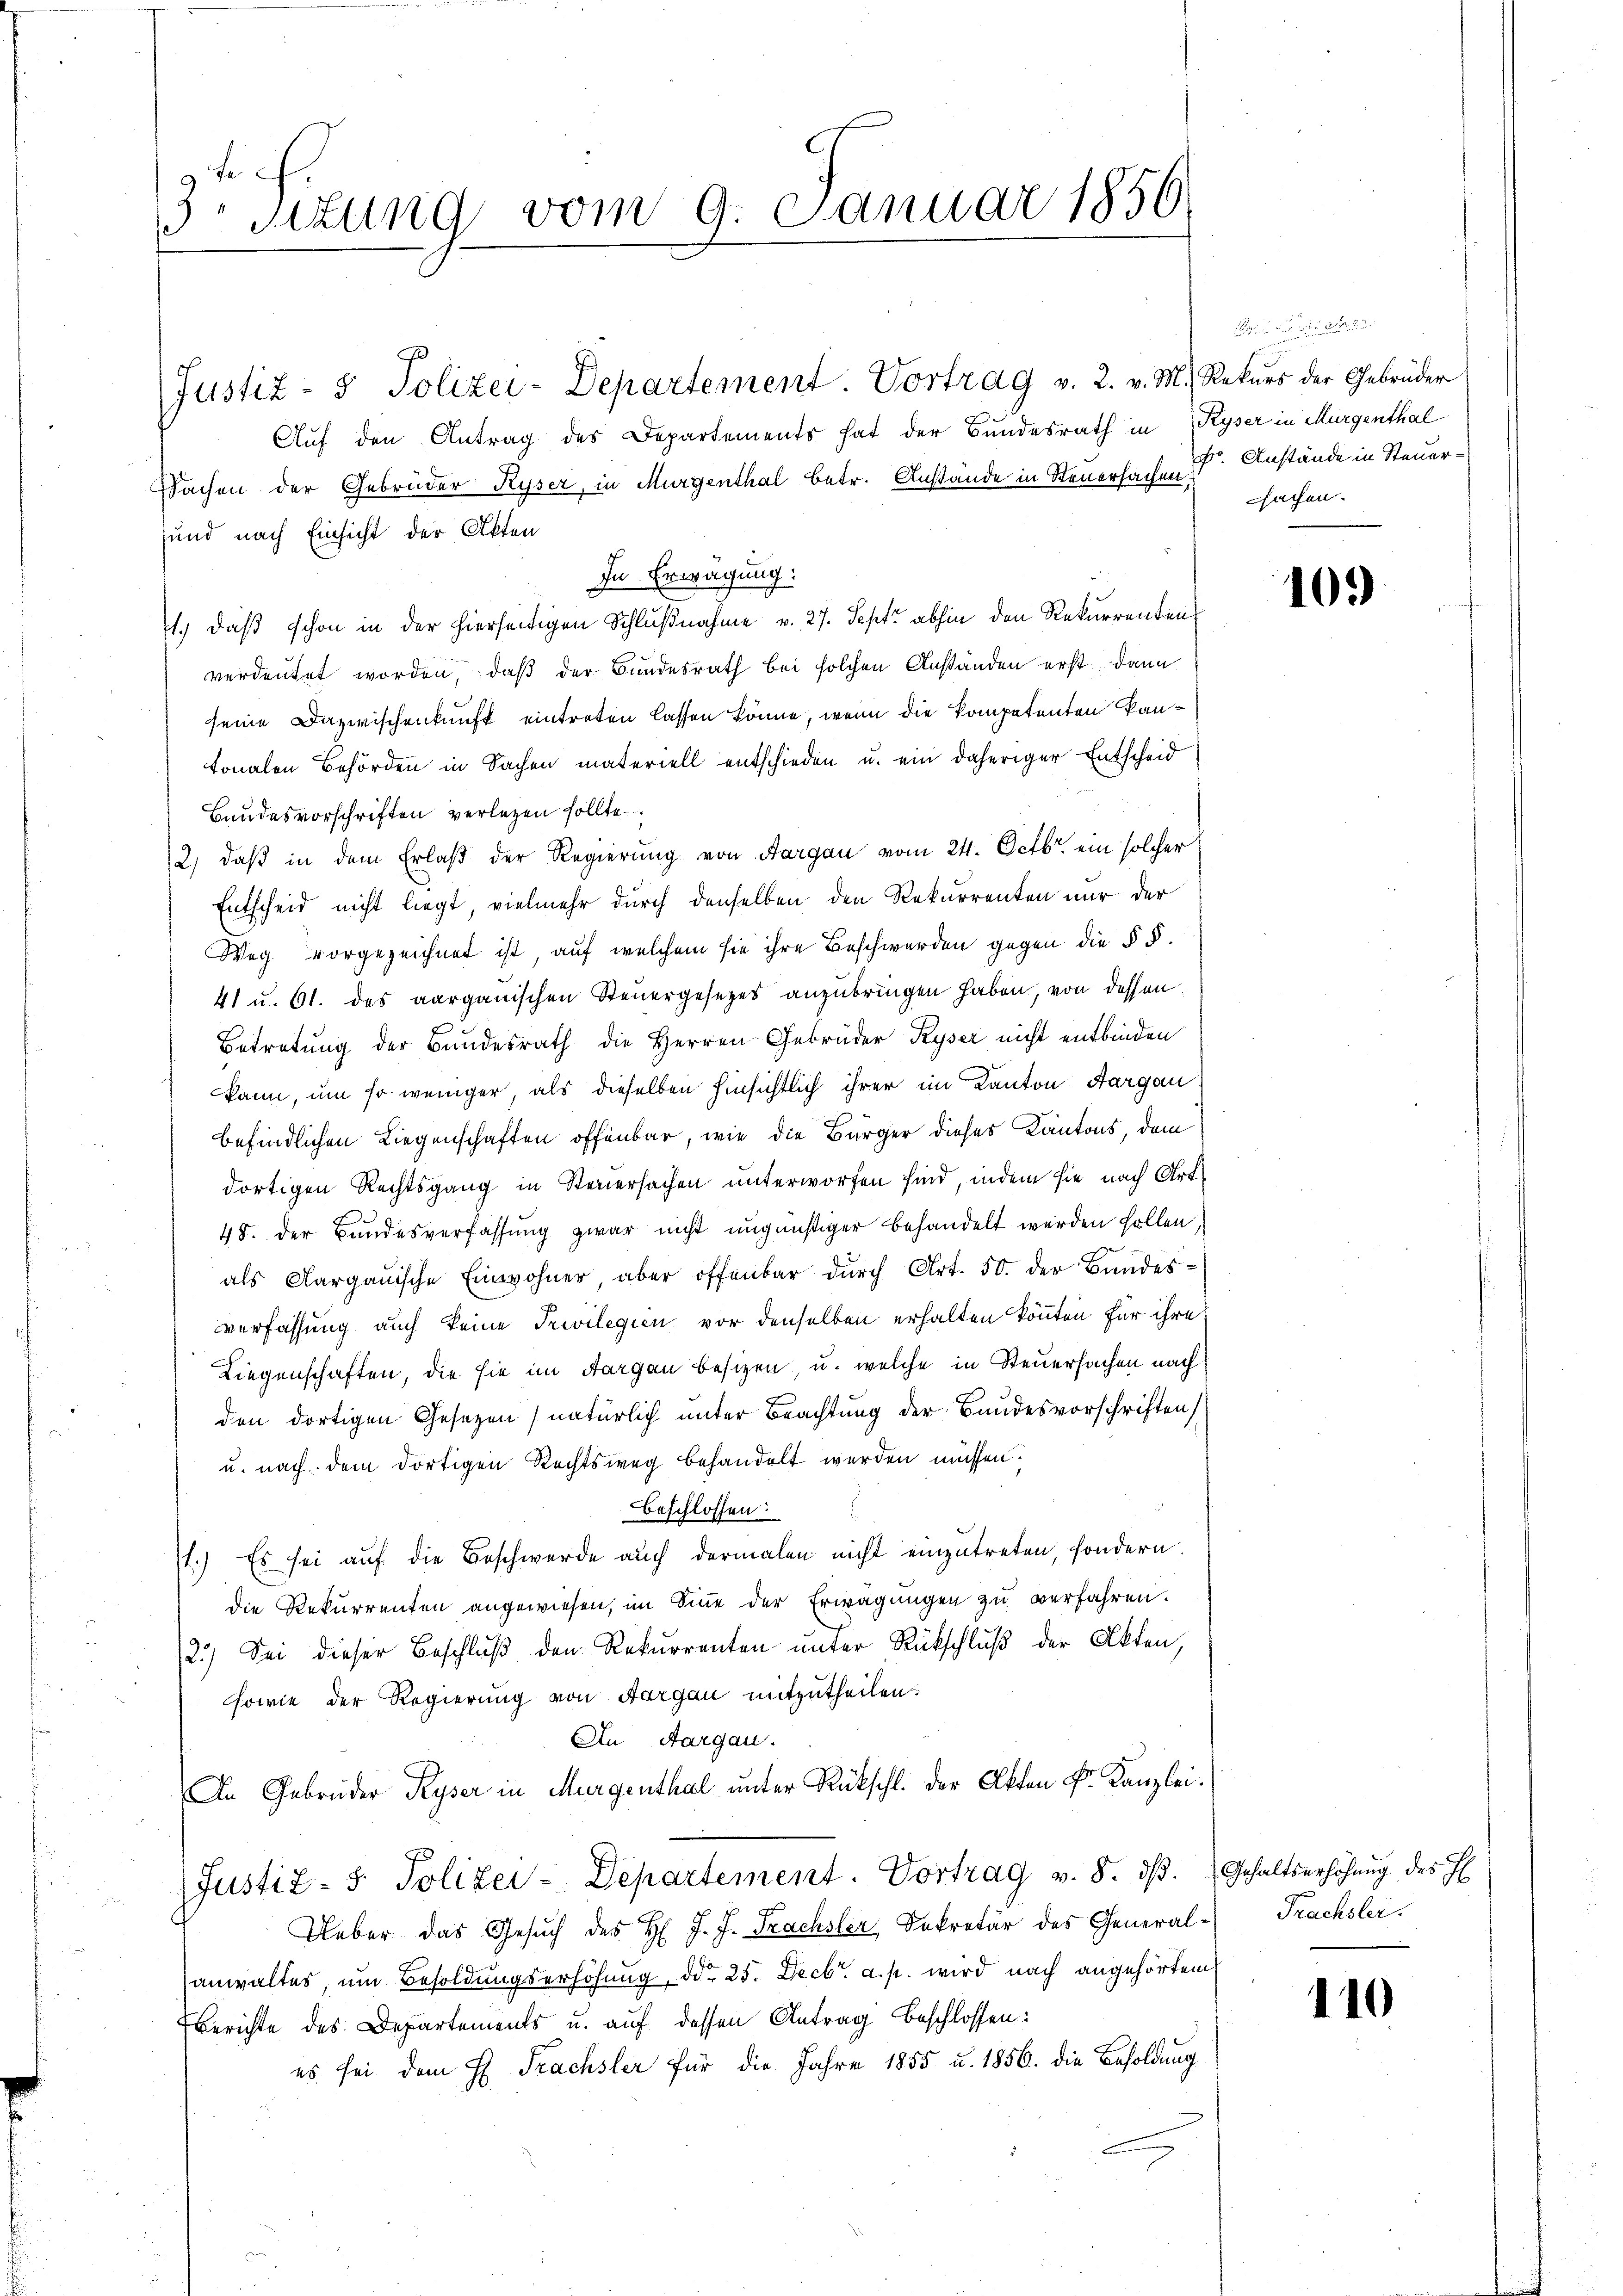
3. Situng vom 9. Januar 1850.

Justiz- & Polizei-Departement Vortrag v. 2. v. M. Rekurs der Gebrüder
Auf den Antrag des Departements hat der Bundesrath in Ryser in Mürgenthal
Sachen der Gebrüder Ryser, in Murgenthal betr. Anstände in Steuerfachen Anstände in Steuersund nach Einsicht der Akten
In Erwägung:
1.) daß schon in der hierseitigen Schlußnahme v. 27. Sept. abhin den Rekurrenten
verdeutet worden, daß der Bundesrath bei solchen Anständen erst dann
seine Dazwischenkunft eintreten lassen könne, wenn die Kompetenten kantonalen Behörden in Sachen materiell entschieden u. ein daheriger Entscheid
Baudesvorschriften verlegen sollte.
2) daβ in dem Erlaβ der Regierŭng von Aargau vom 24. Octbr. ein solcher
Entscheid nicht liegt, vielmehr durch denselben den Rekurrenten nur der
Weg vorgezeichnet ist, auf welchem sie ihre Beschwerden gegen die § §.
41 u. 61. des aargauischen Steuergesetzes anzubringen haben, von dessen
Betretung der Bundesrath die Herren Gebrüder Ryser nicht entbinden
kann, um so weniger, als dieselben hinsichtlich ihrer im Kanton Aargau
befindlichen Liegenschaften offenbar, wie die Bürger dieses Kantons, dem
dortigen Rechtsgang in Steuersachen unterworfen sind, indem sie nach Art
48. Der Bundesverfassung zwar nicht ungünstiger behandelt werden sollen.
als Aargauische Einwohner, aber offenbar durch Art. 50. der Bundes-
verfassung auch keine Privilegien vor denselben erhalten könnten für ihre
Liegenschaften, die sie im Aargau besizen, u. welche in Steuersachen nach
den dortigen Gesetzen natürlich unter Beachtung der Bundesvorschriften
u. nach dem dortigen Rechtsweg behandelt werden müssen.
beschlossen:
11.) Es sei auf die Beschwerde auch dermalen nicht einzutreten, sondern.
die Rekurrenten angewiesen, im Sine der Erwägungen zu verfahren.
2.) Sei dieser Beschluß den Rekurrenten unter Rückschluß der Akten,
sowie der Regierung von Aargau mitzutheilen.
An Aargau.
An Gebrüder Ryser in Murgenthal unter Rückschl. der Akten Fr. Kanzlei.
Justiz- & Polizei-Departement. Vortrag v. 8. dβ. Gehaltserhöhŭng des H
Ueber das Gesŭch des H. J. J. Trachsler, Sekretär des General-Trachsler.
anwaltes, um Besoldungserhöhung, ddo 25. Decbr. a. p. wird nach angehörtem
Berichte des Departements u. auf dessen Antrag beschlossen:
es sei dem H. Trachsler für die Jahre 1855 u. 1856. die Besoldung

ti in den seiner
sachen.

103)

110